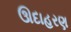
ઊદાહરણ